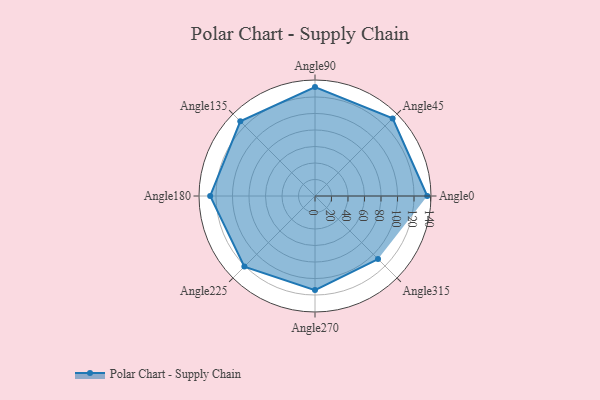
{"axis": {"x": "Angle", "y": "Radius"}, "legend": [""], "data": [{"x": "Angle0", "y": 136.0, "type": ""}, {"x": "Angle45", "y": 133.0, "type": ""}, {"x": "Angle90", "y": 132.0, "type": ""}, {"x": "Angle135", "y": 128.0, "type": ""}, {"x": "Angle180", "y": 127.0, "type": ""}, {"x": "Angle225", "y": 121.0, "type": ""}, {"x": "Angle270", "y": 114.0, "type": ""}, {"x": "Angle315", "y": 108.0, "type": ""}]}